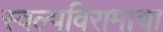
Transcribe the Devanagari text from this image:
स्वल्पविरामाचा